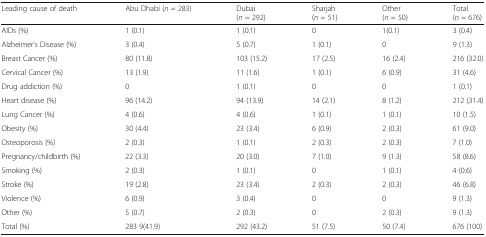
<table><thead><tr><td><b>Leading cause of death</b></td><td><b>Abu Dhabi (<i>n</i> = 283)</b></td><td><b>Dubai(<i>n</i> = 292)</b></td><td><b>Sharjah(<i>n</i> = 51)</b></td><td><b>Other(<i>n</i> = 50)</b></td><td><b>Total(<i>n</i> = 676)</b></td></tr></thead><tbody><tr><td>AIDs (%)</td><td>1 (0.1)</td><td>1 (0.1)</td><td>0</td><td>1(0.1)</td><td>3 (0.4)</td></tr><tr><td>Alzheimer’s Disease (%)</td><td>3 (0.4)</td><td>5 (0.7)</td><td>1 (0.1)</td><td>0</td><td>9 (1.3)</td></tr><tr><td>Breast Cancer (%)</td><td>80 (11.8)</td><td>103 (15.2)</td><td>17 (2.5)</td><td>16 (2.4)</td><td>216 (32.0)</td></tr><tr><td>Cervical Cancer (%)</td><td>13 (1.9)</td><td>11 (1.6)</td><td>1 (0.1)</td><td>6 (0.9)</td><td>31 (4.6)</td></tr><tr><td>Drug addiction (%)</td><td>0</td><td>1 (0.1)</td><td>0</td><td>0</td><td>1 (0.1)</td></tr><tr><td>Heart disease (%)</td><td>96 (14.2)</td><td>94 (13.9)</td><td>14 (2.1)</td><td>8 (1.2)</td><td>212 (31.4)</td></tr><tr><td>Lung Cancer (%)</td><td>4 (0.6)</td><td>4 (0.6)</td><td>1 (0.1)</td><td>1 (0.1)</td><td>10 (1.5)</td></tr><tr><td>Obesity (%)</td><td>30 (4.4)</td><td>23 (3.4)</td><td>6 (0.9)</td><td>2 (0.3)</td><td>61 (9.0)</td></tr><tr><td>Osteoporosis (%)</td><td>2 (0.3)</td><td>1 (0.1)</td><td>2 (0.3)</td><td>2 (0.3)</td><td>7 (1.0)</td></tr><tr><td>Pregnancy/childbirth (%)</td><td>22 (3.3)</td><td>20 (3.0)</td><td>7 (1.0)</td><td>9 (1.3)</td><td>58 (8.6)</td></tr><tr><td>Smoking (%)</td><td>2 (0.3)</td><td>1 (0.1)</td><td>0</td><td>1 (0.1)</td><td>4 (0.6)</td></tr><tr><td>Stroke (%)</td><td>19 (2.8)</td><td>23 (3.4)</td><td>2 (0.3)</td><td>2 (0.3)</td><td>46 (6.8)</td></tr><tr><td>Violence (%)</td><td>6 (0.9)</td><td>3 (0.4)</td><td>0</td><td>0</td><td>9 (1.3)</td></tr><tr><td>Other (%)</td><td>5 (0.7)</td><td>2 (0.3)</td><td>0</td><td>2 (0.3)</td><td>9 (1.3)</td></tr><tr><td>Total (%)</td><td>283 9(41.9)</td><td>292 (43.2)</td><td>51 (7.5)</td><td>50 (7.4)</td><td>676 (100)</td></tr></tbody></table>